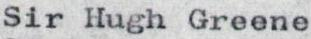
Sir Hugh Greene